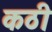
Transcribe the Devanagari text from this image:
कठी